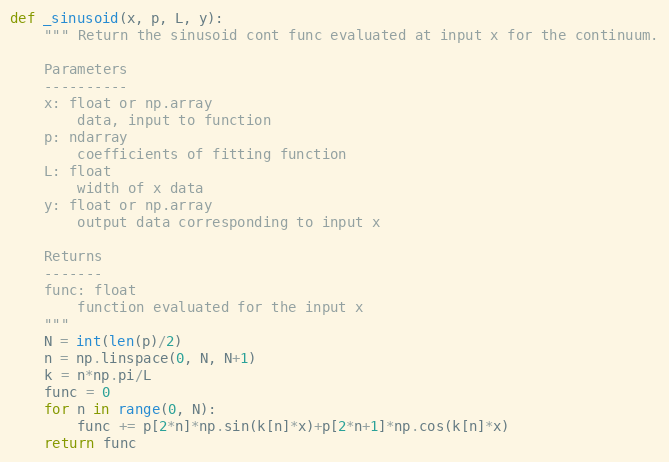
Language: Python
def _sinusoid(x, p, L, y):
    """ Return the sinusoid cont func evaluated at input x for the continuum.

    Parameters
    ----------
    x: float or np.array
        data, input to function
    p: ndarray
        coefficients of fitting function
    L: float
        width of x data
    y: float or np.array
        output data corresponding to input x

    Returns
    -------
    func: float
        function evaluated for the input x
    """
    N = int(len(p)/2)
    n = np.linspace(0, N, N+1)
    k = n*np.pi/L
    func = 0
    for n in range(0, N):
        func += p[2*n]*np.sin(k[n]*x)+p[2*n+1]*np.cos(k[n]*x)
    return func